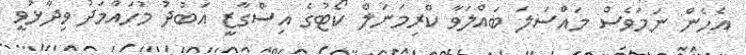
އެހެން ނަމަވެސް މައްސަލަ ބައްލަވާ ކްރިމަނަލް ކޯޓުގެ އިސްގާޒީ އަބުދު މުހައްމަދު ވިދާޅުވީ